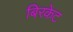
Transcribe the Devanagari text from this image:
बिरकेट